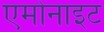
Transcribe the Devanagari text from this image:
एमोनाइट